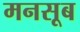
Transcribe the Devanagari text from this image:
मनसूब